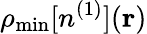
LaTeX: \rho_{\mathrm{min}}[n^{(1)}]({\mathbf r})